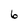
Character: 6